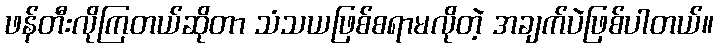
ဖန်တီးလိုကြတယ်ဆိုတာ သံသယဖြစ်စရာမလိုတဲ့ အချက်ပဲဖြစ်ပါတယ်။